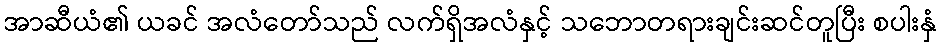
အာဆီယံ၏ ယခင် အလံတော်သည် လက်ရှိအလံနှင့် သဘောတရားချင်းဆင်တူပြီး စပါးနှံ